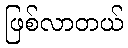
ဖြစ်လာတယ်